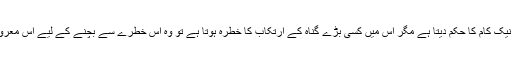
مثلاً یہ کہ وہ ایک نیک کام کا حکم دیتا ہے مگر اس میں کسی بڑے گناہ کے ارتکاب کا خطرہ ہوتا ہے تو وہ اس خطرے سے بچنے کے لیے اس معروف کا حکم نہ دے۔